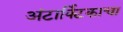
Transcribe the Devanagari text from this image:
अंटार्क्टिकाचा